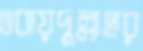
ওবায়দুল্লাহর